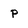
Character: p